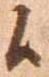
候